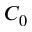
C _ { 0 }